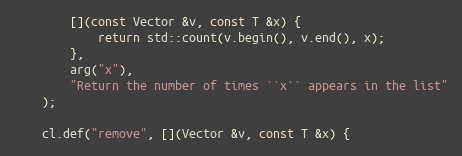
Language: C
        [](const Vector &v, const T &x) {
            return std::count(v.begin(), v.end(), x);
        },
        arg("x"),
        "Return the number of times ``x`` appears in the list"
    );

    cl.def("remove", [](Vector &v, const T &x) {